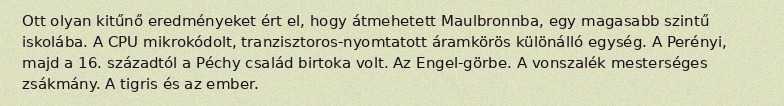
Ott olyan kitűnő eredményeket ért el, hogy átmehetett Maulbronnba, egy magasabb szintű iskolába. A CPU mikrokódolt, tranzisztoros-nyomtatott áramkörös különálló egység. A Perényi, majd a 16. századtól a Péchy család birtoka volt. Az Engel-görbe. A vonszalék mesterséges zsákmány. A tigris és az ember.